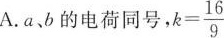
A. a 、b 的电荷同号，$$k = \frac{ 1 6 }{ 9 }$$